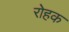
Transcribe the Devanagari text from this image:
रोहक